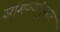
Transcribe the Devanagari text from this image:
सांगण्यांनुसार